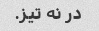
در نه تیز.